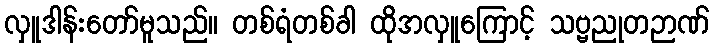
လှူဒါန်းတော်မူသည်။ တစ်ရံတစ်ခါ ထိုအလှူကြောင့် သဗ္ဗညုတဉာဏ်